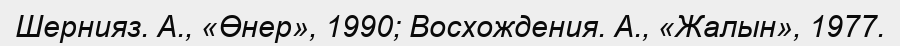
Шернияз. А., «Өнер», 1990; Восхождения. А., «Жалын», 1977.